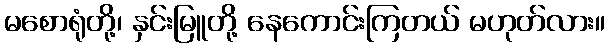
မစောရုံတို့၊ နှင်းမြူတို့ နေကောင်းကြတယ် မဟုတ်လား။